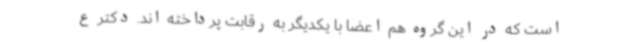
است که در این گروه هم اعضا با یکدیگر به رقابت پرداخته اند. دکتر ع